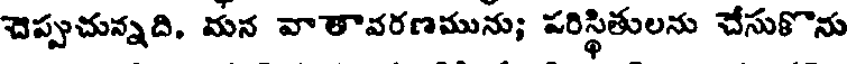
చెప్పుచున్నది, మన వాతావరణమును; పరిస్థితులను చేసుకొను